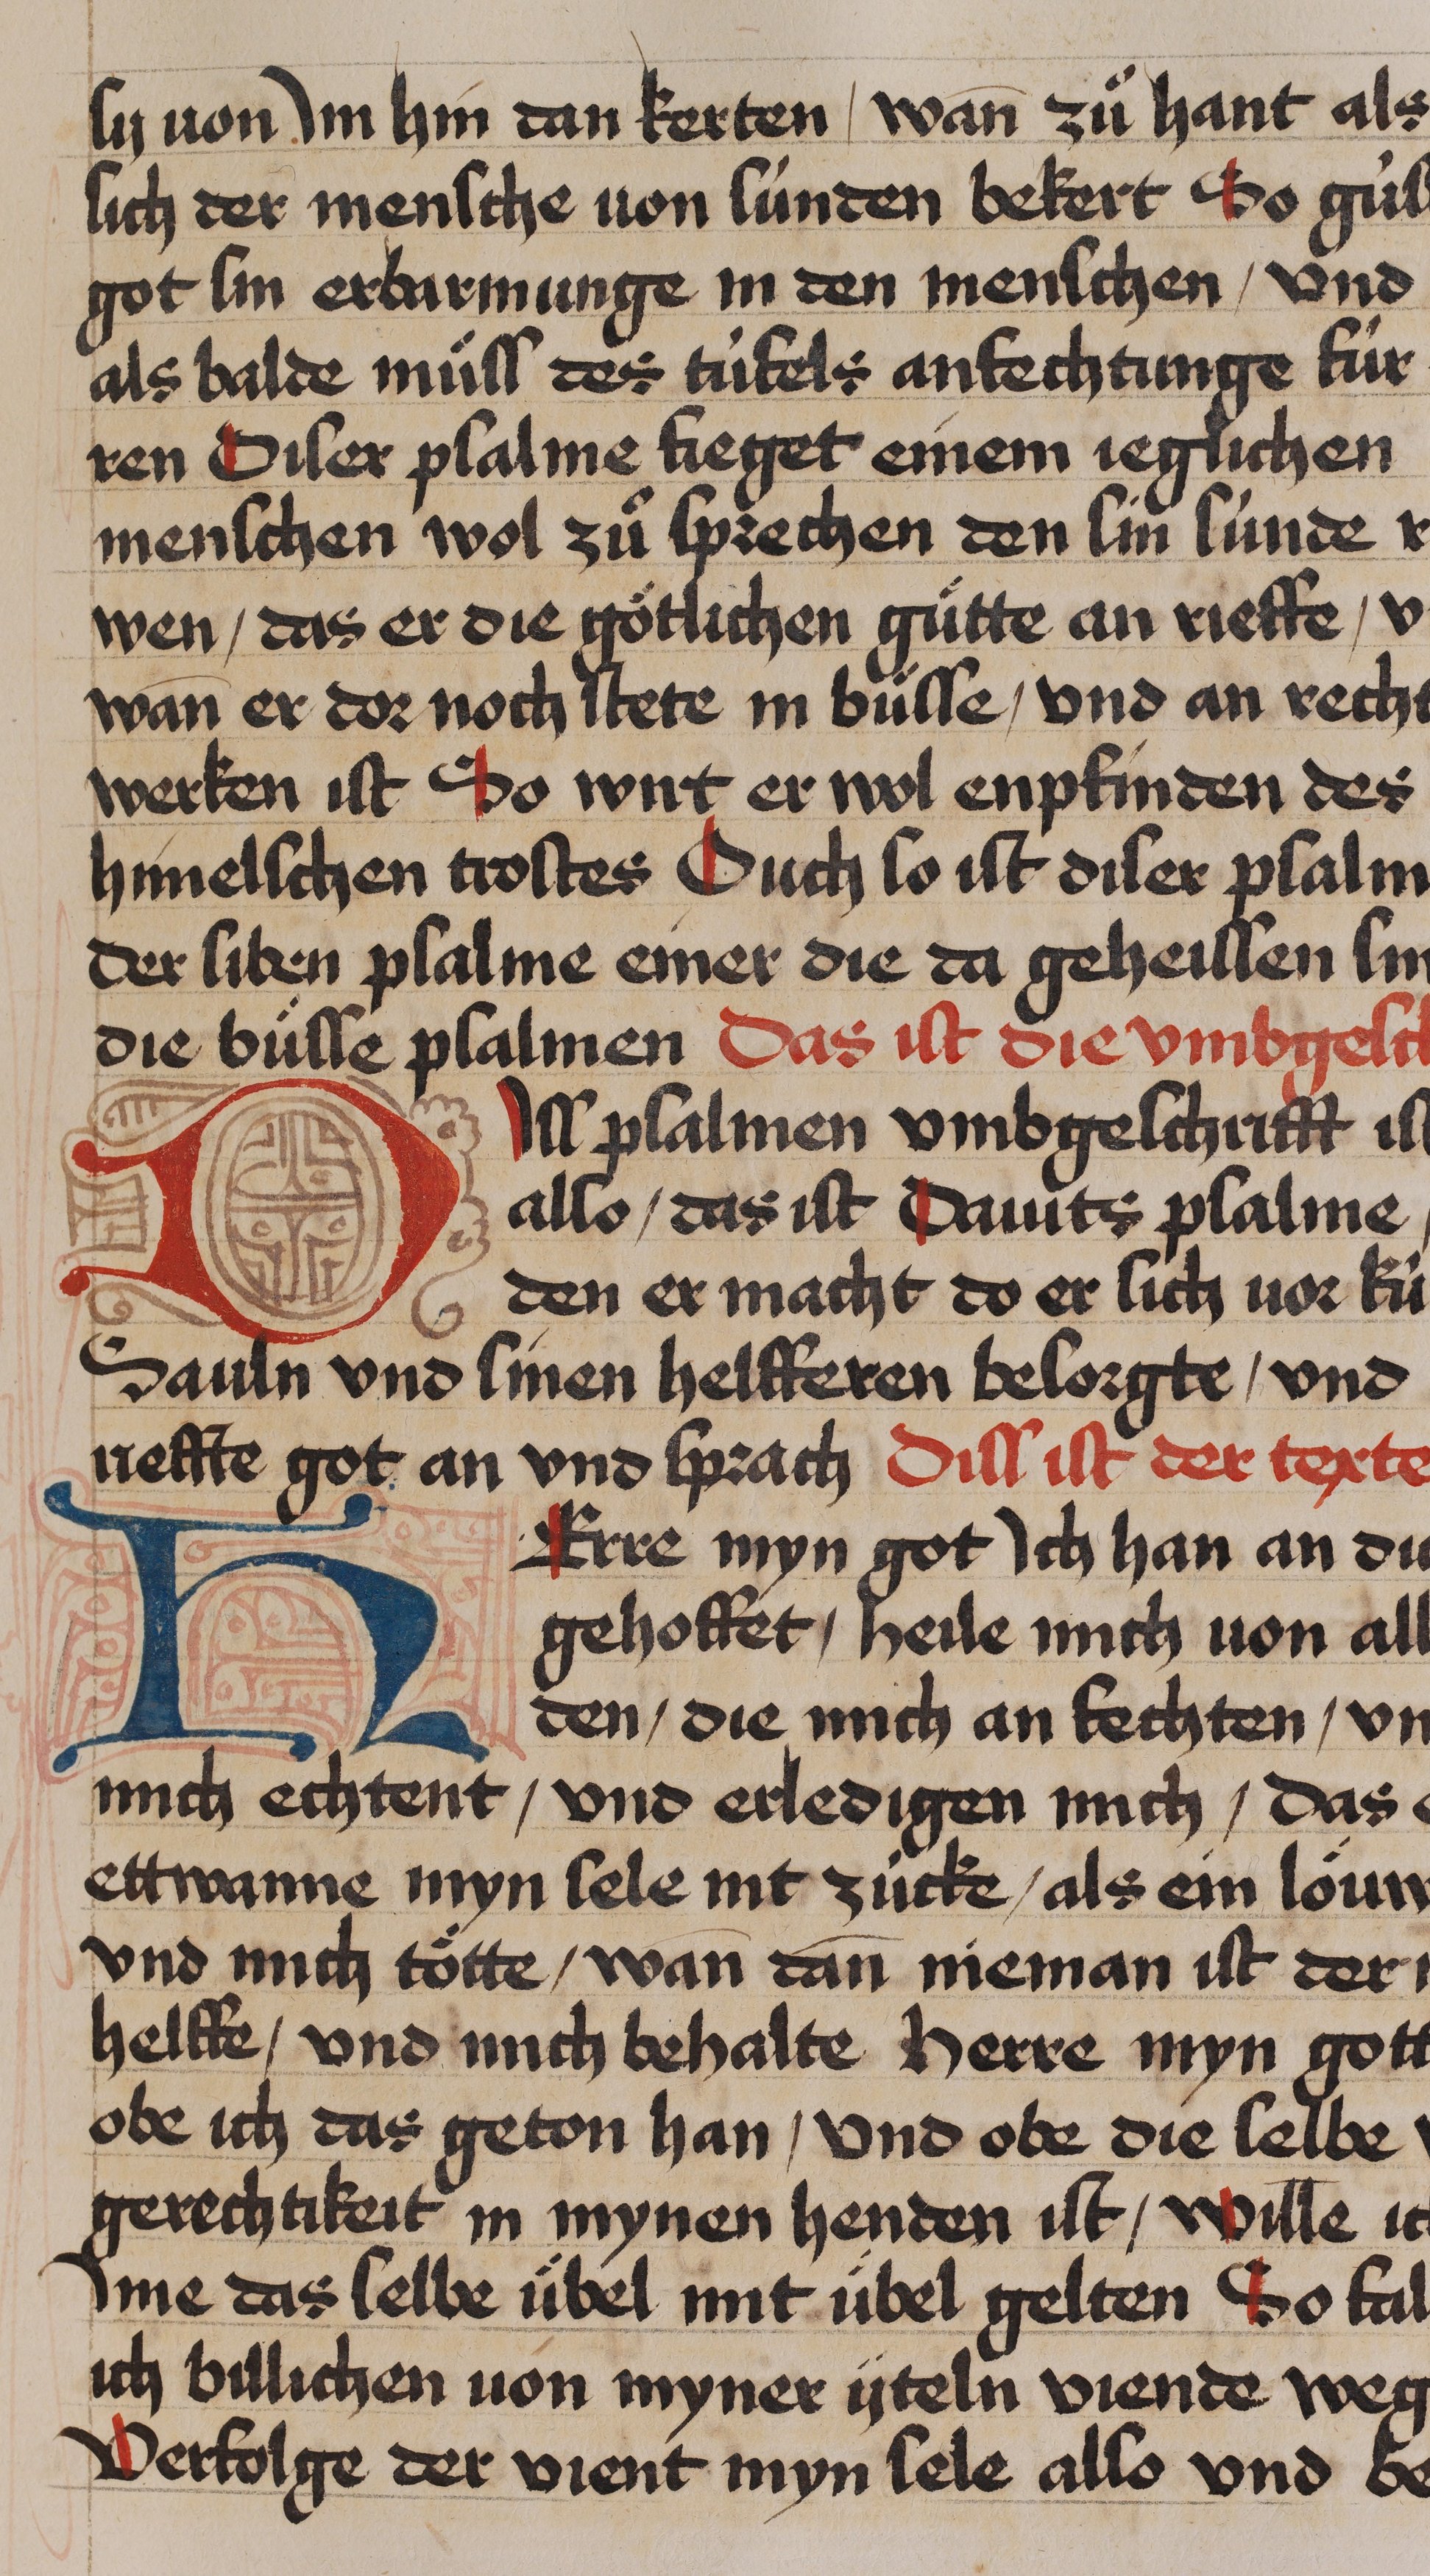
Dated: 1435–1465